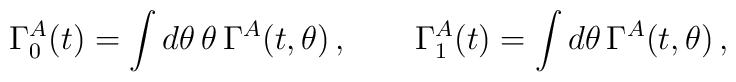
\Gamma_0^A(t)=\int d \theta\, \theta \,\Gamma^A(t,\theta)\,, \qquad  \Gamma_1^A(t)=\int d \theta \, \Gamma^A(t,\theta)\,,